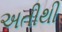
અતીથી